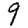
Digit: 9